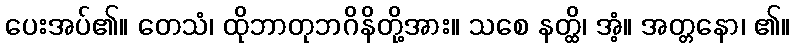
ပေးအပ်၏။ တေသံ၊ ထိုဘာတုဘဂိနိတို့အား။ သစေ နတ္ထိ၊ အံ့။ အတ္တနော၊ ၏။